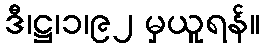
ဒီ၊ဋ္ဌ၊၁၊၉၂ မှယူရန်။